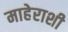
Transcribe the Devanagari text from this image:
माहेराशी